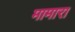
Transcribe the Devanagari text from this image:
मामारा